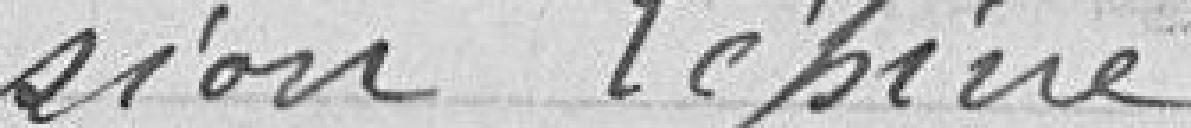
sion Lépine.